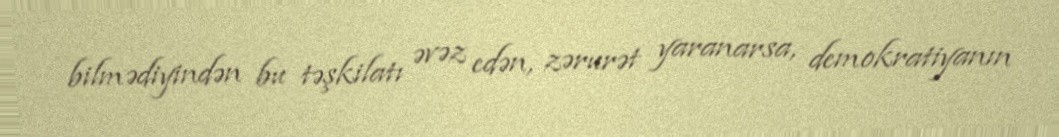
bilmədiyindən bu təşkilatı əvəz edən, zərurət yaranarsa, demokratiyanın